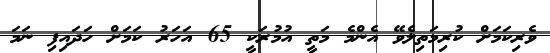
ވެރިކަމަށް ކުރިމަތިލެވޭ އެންމެ މަތީ އުމުރަކީ 65 އަހަރު ކަމަށް ހަދައިފި ނަމަ